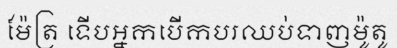
ម៉ែត្រ ទើបអ្នកបើកបរឈប់ទាញម៉ូតូ